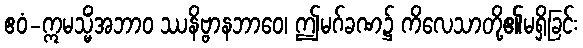
ဧဝံ-ဣမသ္မိံအဘာဝ ဿနိဗ္ဗာနဘာဝေ၊ ဤမဂ်ခဏ၌ ကိလေသာတို့၏မရှိခြင်း